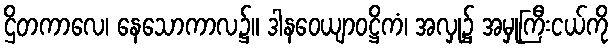
ဌိတကာလေ၊ နေသောကာလ၌။ ဒါနဝေယျာဝဋ္ဌိကံ၊ အလှု၌ အမှုကြီးငယ်ကို